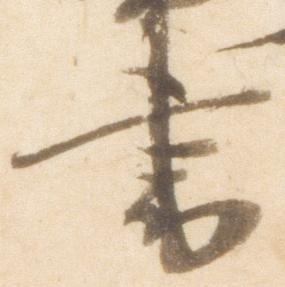
書